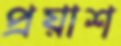
প্রয়াশ